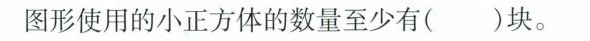
图形使用的小正方体的数量至少有()块。